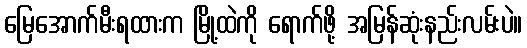
မြေအောက်မီးရထားက မြို့ထဲကို ရောက်ဖို့ အမြန်ဆုံးနည်းလမ်းပဲ။